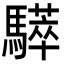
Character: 𩦗